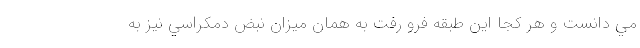
مي دانست و هر كجا اين طبقه فرو رفت به همان ميزان نبض دمكراسي نيز به